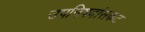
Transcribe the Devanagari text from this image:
उपनिषदांसकट